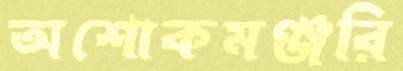
অশোকমঞ্জরি